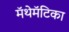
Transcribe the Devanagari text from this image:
मॅथेमॅटिका